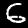
Digit: 6